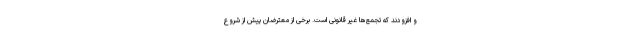
و افزودند که تجمع‌ها غیر قانونی است. برخی از معترضان پیش از شروع